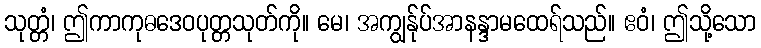
သုတ္တံ၊ ဤကာကုဓဒေဝပုတ္တသုတ်ကို။ မေ၊ အကျွန်ုပ်အာနန္ဒာမထေရ်သည်။ ဧဝံ၊ ဤသို့သော